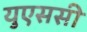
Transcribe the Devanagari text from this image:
युएससी